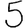
Digit: 5